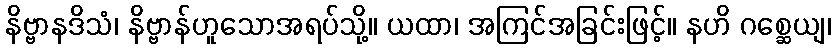
နိဗ္ဗာနဒိသံ၊ နိဗ္ဗာန်ဟူသောအရပ်သို့။ ယထာ၊ အကြင်အခြင်းဖြင့်။ နဟိ ဂစ္ဆေယျ၊